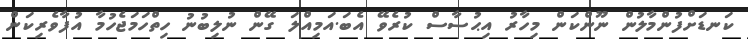
ކަނޑަށްފުންމާލުން ނޫންކަން މިހާރު އިޙުސާސް ކުރެވޭ އެބަ.އަމިއްލަ ގޭން ނުލިބުނު ހިތްހަމަޖެހުމާ އުފާވެރިކަން